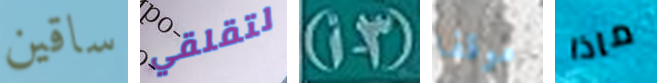
ساقين لتقلقي (3-أ) موقفا ماذا